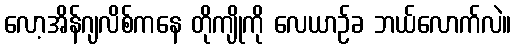
လော့အိန်ဂျလိစ်ကနေ တိုကျိုကို လေယာဉ်ခ ဘယ်လောက်လဲ။